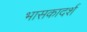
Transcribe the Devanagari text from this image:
भासकादर्श